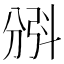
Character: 𣁺